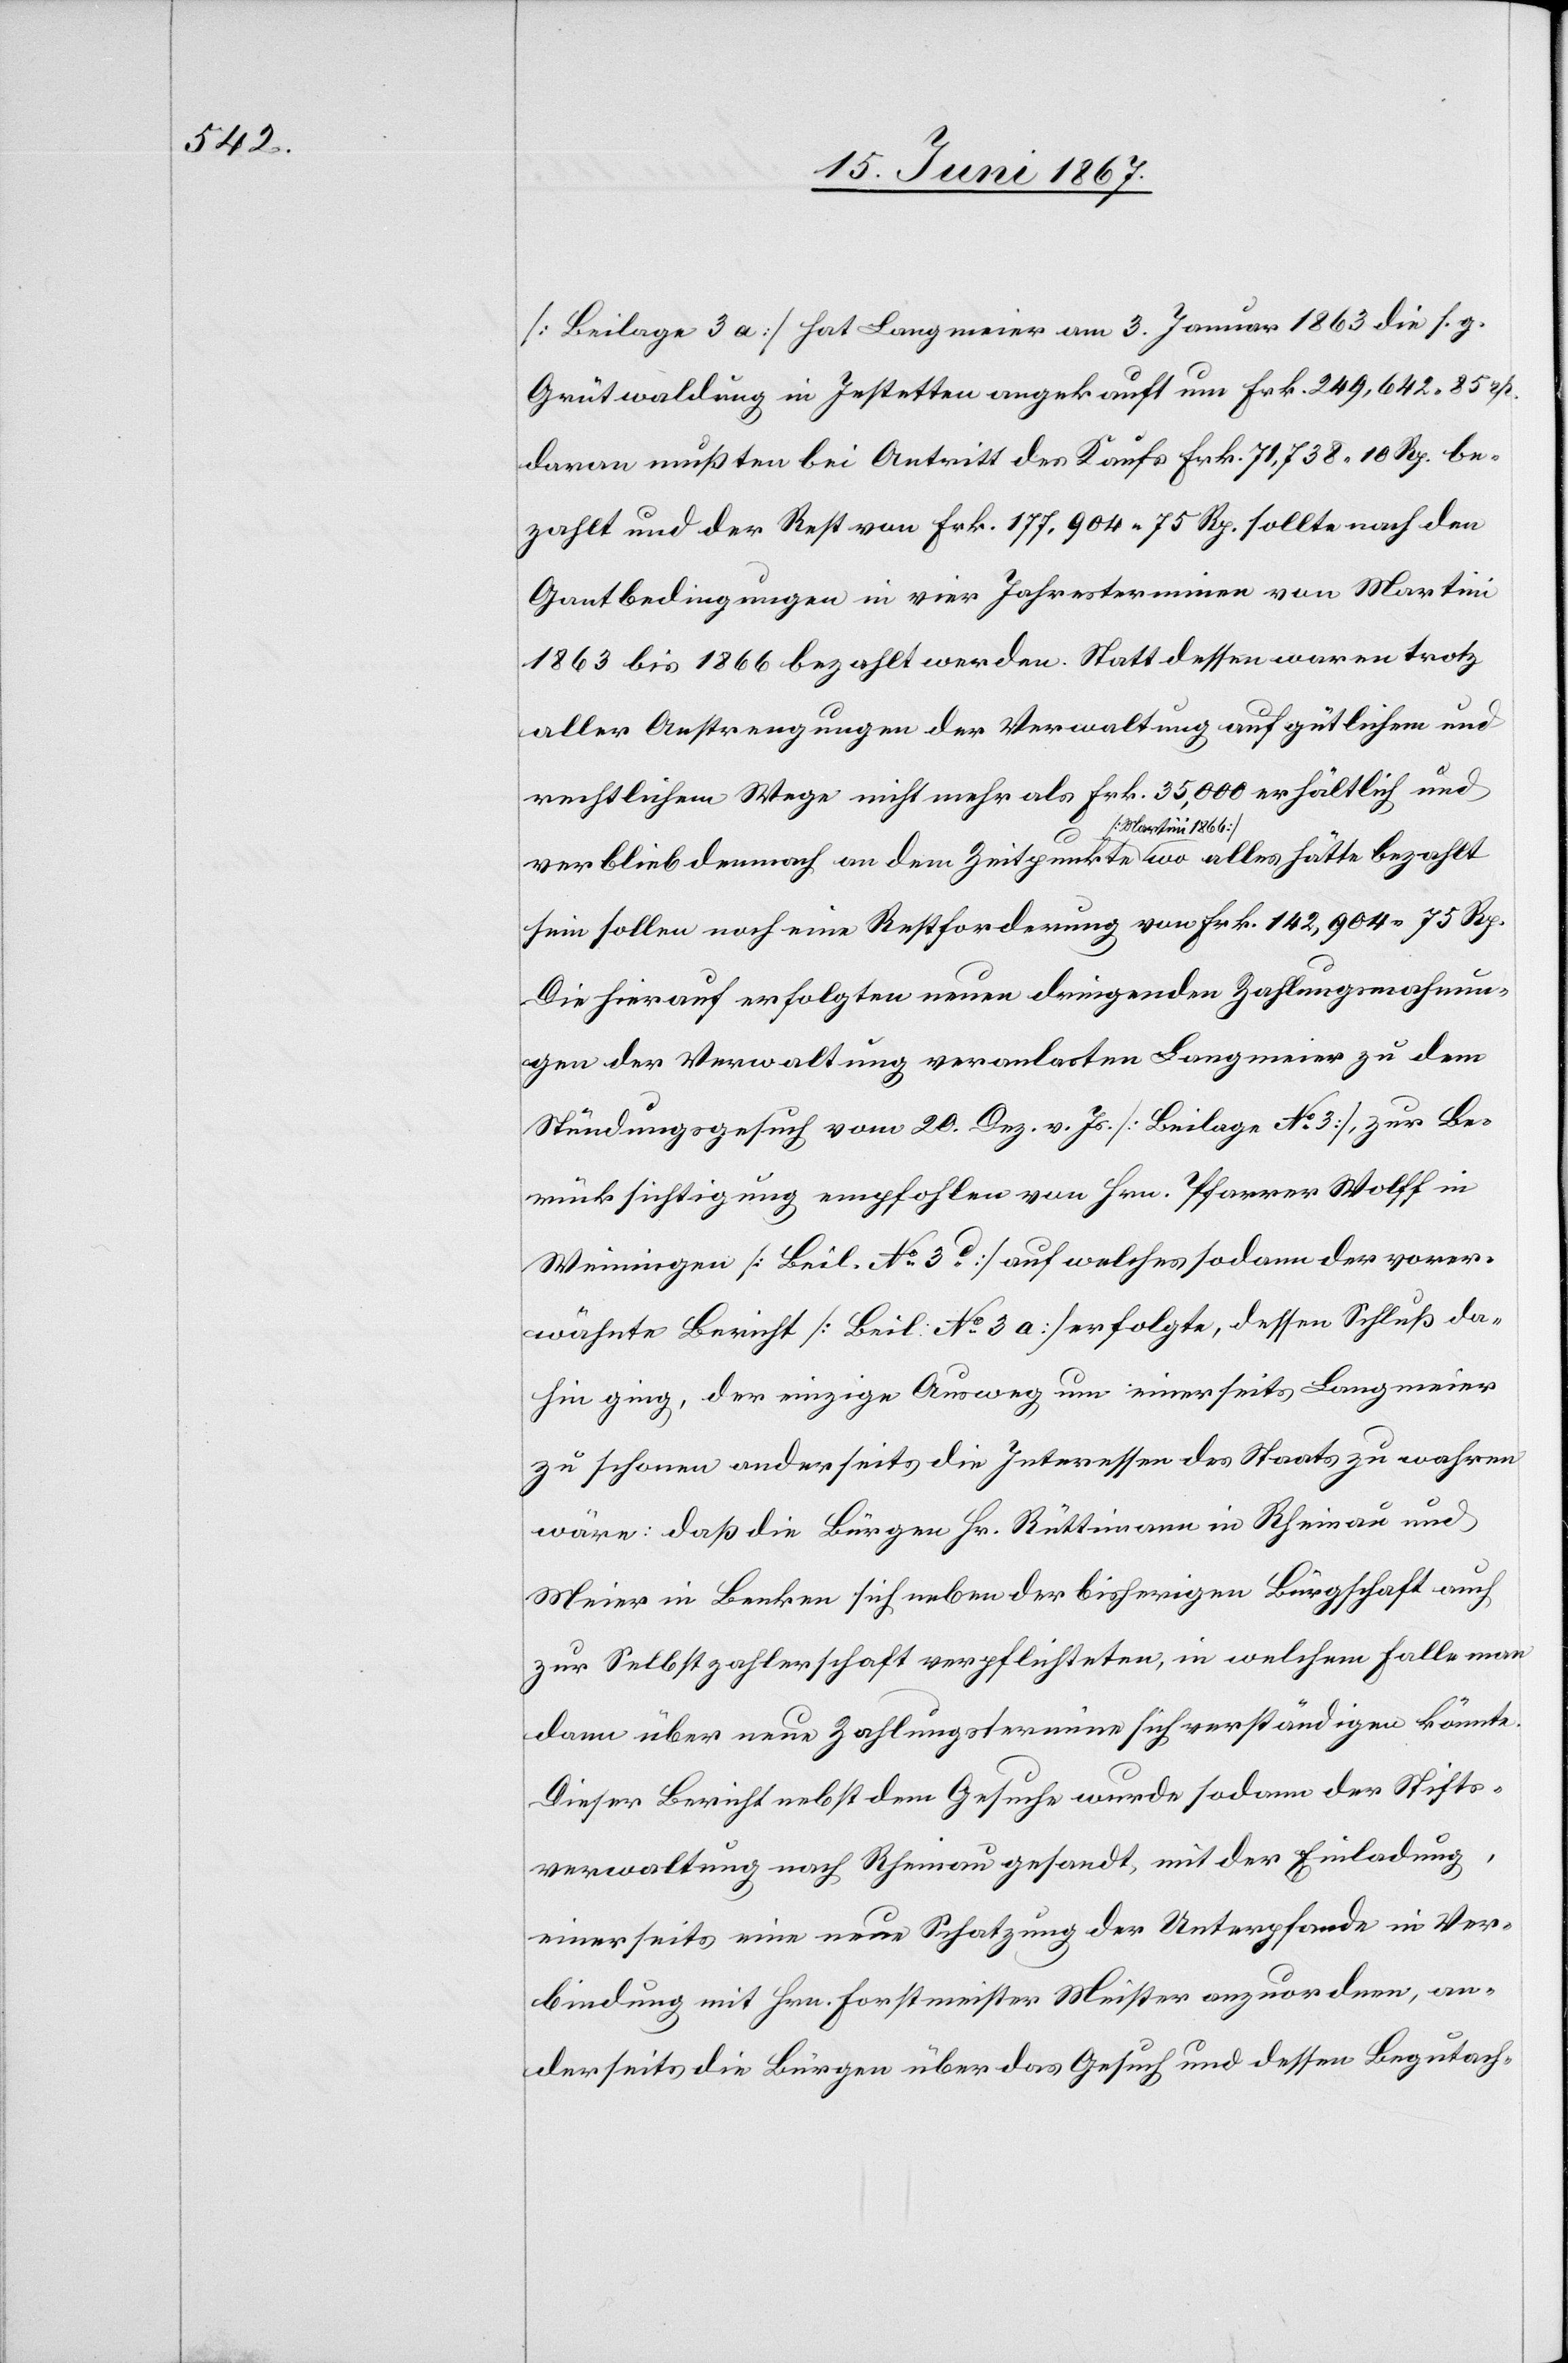
[Beilage 3 a] hat Langmeier am 3. Januar 1863 die s. g.
Grütwaldung in Jestetten angekauft um Frk. 249 642.85 rp.
davon mußten bei Antritt des Kaufs Frk. 71 738.10 Rp. be¬
zahlt und der Rest von Frk. 177 904.75 Rp. sollte nach den
Gantbedingungen in vier Jahresterminen von Martini
1863 bis 1866 bezahlt werden. Statt dessen waren trotz
aller Anstrengungen der Verwaltung auf gütlichem und
rechtlichem Wege nicht mehr als Frk. 35 000 erhältlich und
verblieb demnach an dem Zeitpunkte [Martini 1866] wo alles hätte bezahlt
sein sollen noch eine Restforderung von Frk. 142 902.75 Rp.
Die hierauf erfolgten neuen dringenden Zahlungsmahnun¬
gen der Verwaltung veranlasten [sic!] Langmeier zu dem
Stündungsgesuch vom 20. Dez. v. Js. [Beilage No. 3], zur Be¬
rücksichtigung empfohlen von Hrn. Pfarrer Wolff in
Weiningen [Beil. No. 3 d.] auf welches sodann der vorer¬
wähnte Bericht [Beil. No. 3 a] erfolgte, dessen Schluß da¬
hin ging, der einzige Ausweg um einerseits Langmeier
zu schonen anderseits die Interessen des Staats zu wahren
wäre: daß die Bürgen Hr. Rüttimann in Rheinau und
Meier in Benken sich neben der bisherigen Bürgschaft auch
zur Selbstzahlerschaft verpflichteten, in welchem Falle man
dann über neue Zahlungstermine sich verständigen könnte.
Dieser Bericht nebst dem Gesuche wurde sodann der Stifts¬
verwaltung nach Rheinau gesandt, mit der Einladung,
einerseits eine neue Schatzung der Unterpfande in Ver¬
bindung mit Hrn. Forstmeister Meister anzuordnen, an¬
derseits die Bürgen über das Gesuch und dessen Begutach-